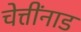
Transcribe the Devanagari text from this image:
चेत्तींनाड